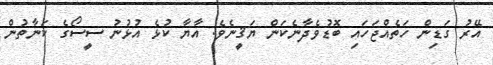
އޭރު ގަޑިން ހަތެއްޖަހައި ބޮޑުވެދާނެކަން ޔަޤީނެވެ. އާޔާ ކުޅެ އުޅުނު ސީސޯގެ ކަނާތުން